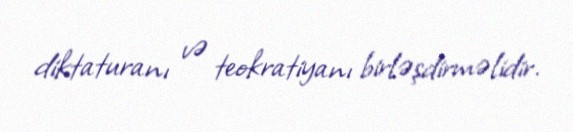
diktaturanı və teokratiyanı birləşdirməlidir.